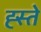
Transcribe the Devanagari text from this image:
ह्स्ते